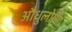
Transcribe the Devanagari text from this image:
औधुलोमि